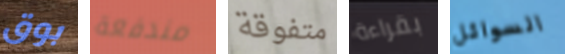
بوق مندفعة متفوقة بقراءة السوائل